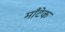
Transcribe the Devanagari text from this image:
माँटेक